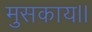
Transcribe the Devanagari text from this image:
मुसकाय।।